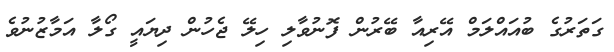
ގަތަރުގެ ބުއައްލަމް އޭރިއާ ބޭރުން ފޮނުވާލި ހިލޭ ޖެހުން ދިޔައީ ގޯލާ އަމާޒުނުވެ